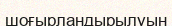
шоғырландырылуын